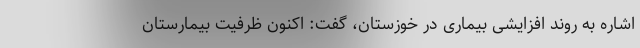
اشاره به روند افزایشی بیماری در خوزستان، گفت: اکنون ظرفیت بیمارستان